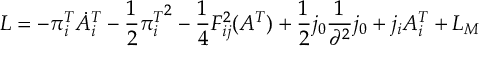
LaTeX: { \cal L } = - \pi _ { i } ^ { T } \dot { A } _ { i } ^ { T } - \frac { 1 } { 2 } { \pi _ { i } ^ { T } } ^ { 2 } - \frac { 1 } { 4 } F _ { i j } ^ { 2 } ( A ^ { T } ) + \frac { 1 } { 2 } j _ { 0 } \frac { 1 } { \partial ^ { 2 } } j _ { 0 } + j _ { i } A _ { i } ^ { T } + { \cal L } _ { M }